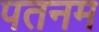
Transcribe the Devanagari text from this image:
पतनम